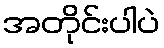
အတိုင်းပါပဲ